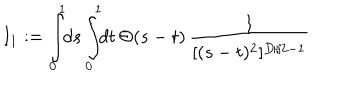
I _ { 1 } : = \int _ { 0 } ^ { 1 } \! \! d s \int _ { 0 } ^ { 1 } \! \! d t \, \Theta ( s - t ) \, { \frac { 1 } { [ ( s - t ) ^ { 2 } ] ^ { D / 2 - 1 } } }